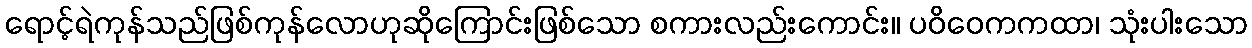
ရောင့်ရဲကုန်သည်ဖြစ်ကုန်လောဟုဆိုကြောင်းဖြစ်သော စကားလည်းကောင်း။ ပဝိဝေကကထာ၊ သုံးပါးသော